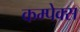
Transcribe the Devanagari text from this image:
कम्पेक्स